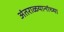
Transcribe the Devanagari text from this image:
अंतराळयानांच्या